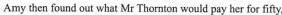
Amy then found out what Mr Thornton would pay her for fifty,